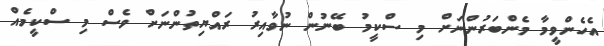
އެހެންވީމާ މެންބަރުންނަށް މި ސްކީމު ބޭނުން ނުވާއިރު ރައްޔިތުންނަށް ވެސް މި ސްކީމެއް